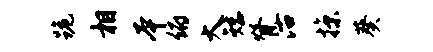
跪相本俯大矮脊沽掠葵